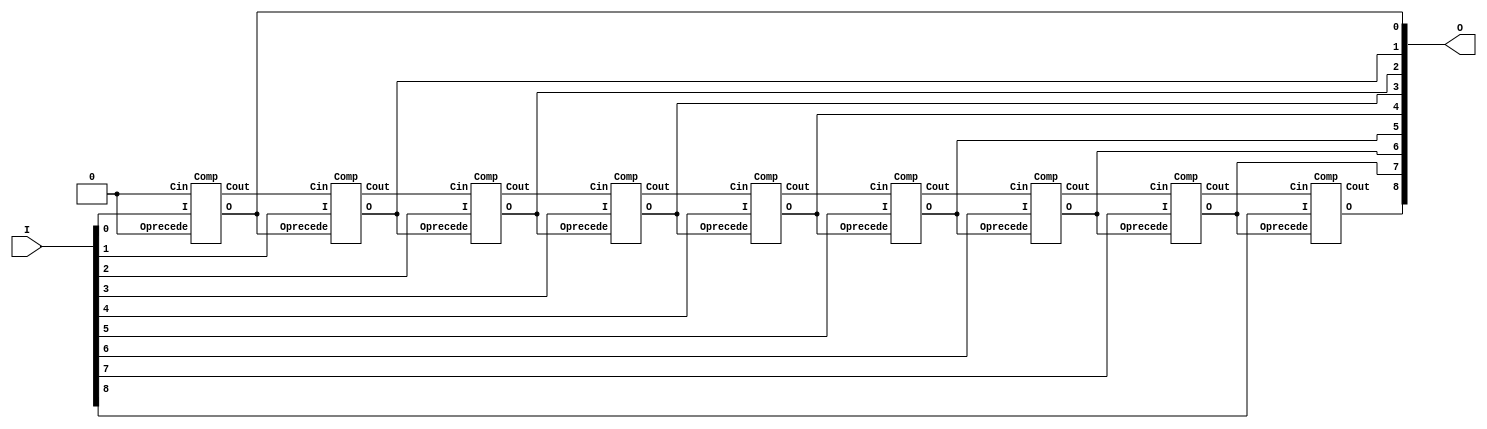
// vim: set filetype=verilog:
// 9-bit 2's Complement: I' = O
module Complement(I, O);
	input  [8:0] I;
	output [8:0] O;
	wire   [8:0] T;
	Comp C0(I[0], 1'b0, 1'b0, T[0], O[0]);
	Comp C1(I[1], T[0], O[0], T[1], O[1]);
	Comp C2(I[2], T[1], O[1], T[2], O[2]);
	Comp C3(I[3], T[2], O[2], T[3], O[3]);
	Comp C4(I[4], T[3], O[3], T[4], O[4]);
	Comp C5(I[5], T[4], O[4], T[5], O[5]);
	Comp C6(I[6], T[5], O[5], T[6], O[6]);
	Comp C7(I[7], T[6], O[6], T[7], O[7]);
	Comp C8(I[8], T[7], O[7], T[8], O[8]);
endmodule
// 1-bit 2's Complement: I' = O
module Comp(I, Cin, Oprecede, Cout, O);
	input  I, Cin, Oprecede;
	output Cout, O;
	assign Cout = Cin | Oprecede;
	assign O = I ^ Cout;
endmodule